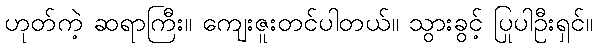
ဟုတ်ကဲ့ ဆရာကြီး။ ကျေးဇူးတင်ပါတယ်။ သွားခွင့် ပြုပါဦးရှင်။